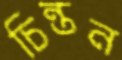
চিন্তন